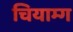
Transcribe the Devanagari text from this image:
चियाम्ग